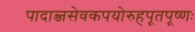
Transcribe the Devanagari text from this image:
पादाब्जसेवकपयोरुहपूतपूष्णः